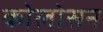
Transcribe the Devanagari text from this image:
कोलोसन